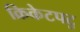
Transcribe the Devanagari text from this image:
क्रिकेटपटु